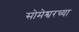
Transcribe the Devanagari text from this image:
सोमेश्वरच्या